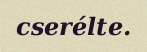
cserélte.